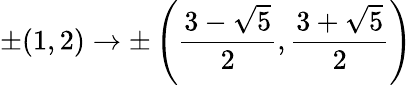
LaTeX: \pm(1,2)\rightarrow\pm\left(\frac{3-\sqrt{5}}{2},\frac{3+\sqrt{5}}{2}\right)